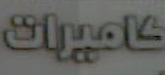
كاميرات